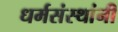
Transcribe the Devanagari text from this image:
धर्मसंस्थांनी